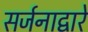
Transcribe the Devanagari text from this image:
सर्जनाद्वारे